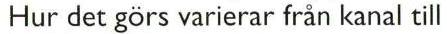
Hur det görs varierar från kanal till